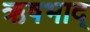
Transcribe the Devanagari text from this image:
ऋषभाद्